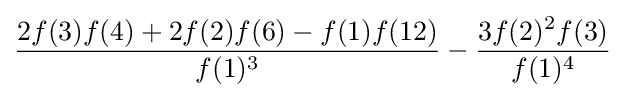
{\frac {2f(3)f(4)+2f(2)f(6)-f(1)f(12)}{f(1)^{3}}}-{\frac {3f(2)^{2}f(3)}{f(1)^{4}}}